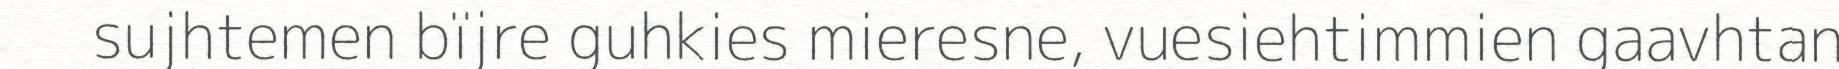
sujhtemen bïjre guhkies mieresne, vuesiehtimmien gaavhtan